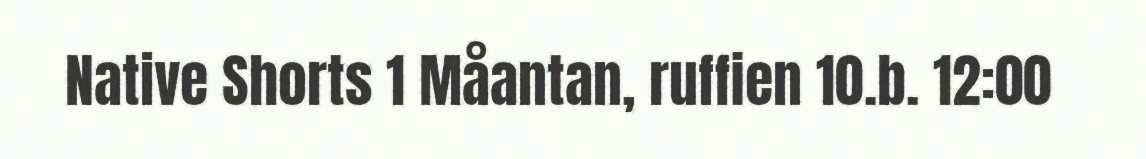
Native Shorts 1 Måantan, ruffien 10.b. 12:00